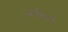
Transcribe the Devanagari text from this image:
आसिष